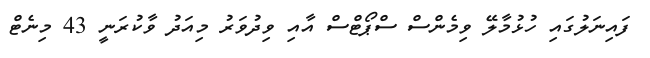
ފައިނަލުގައި ހުޅުމާލޭ ވިމެންސް ސްޕޯޓްސް އާއި ވިދުވަރު މިއަދު ވާކުރަނީ 43 މިނެޓް